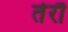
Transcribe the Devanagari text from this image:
तेरौ